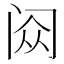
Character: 𬮥